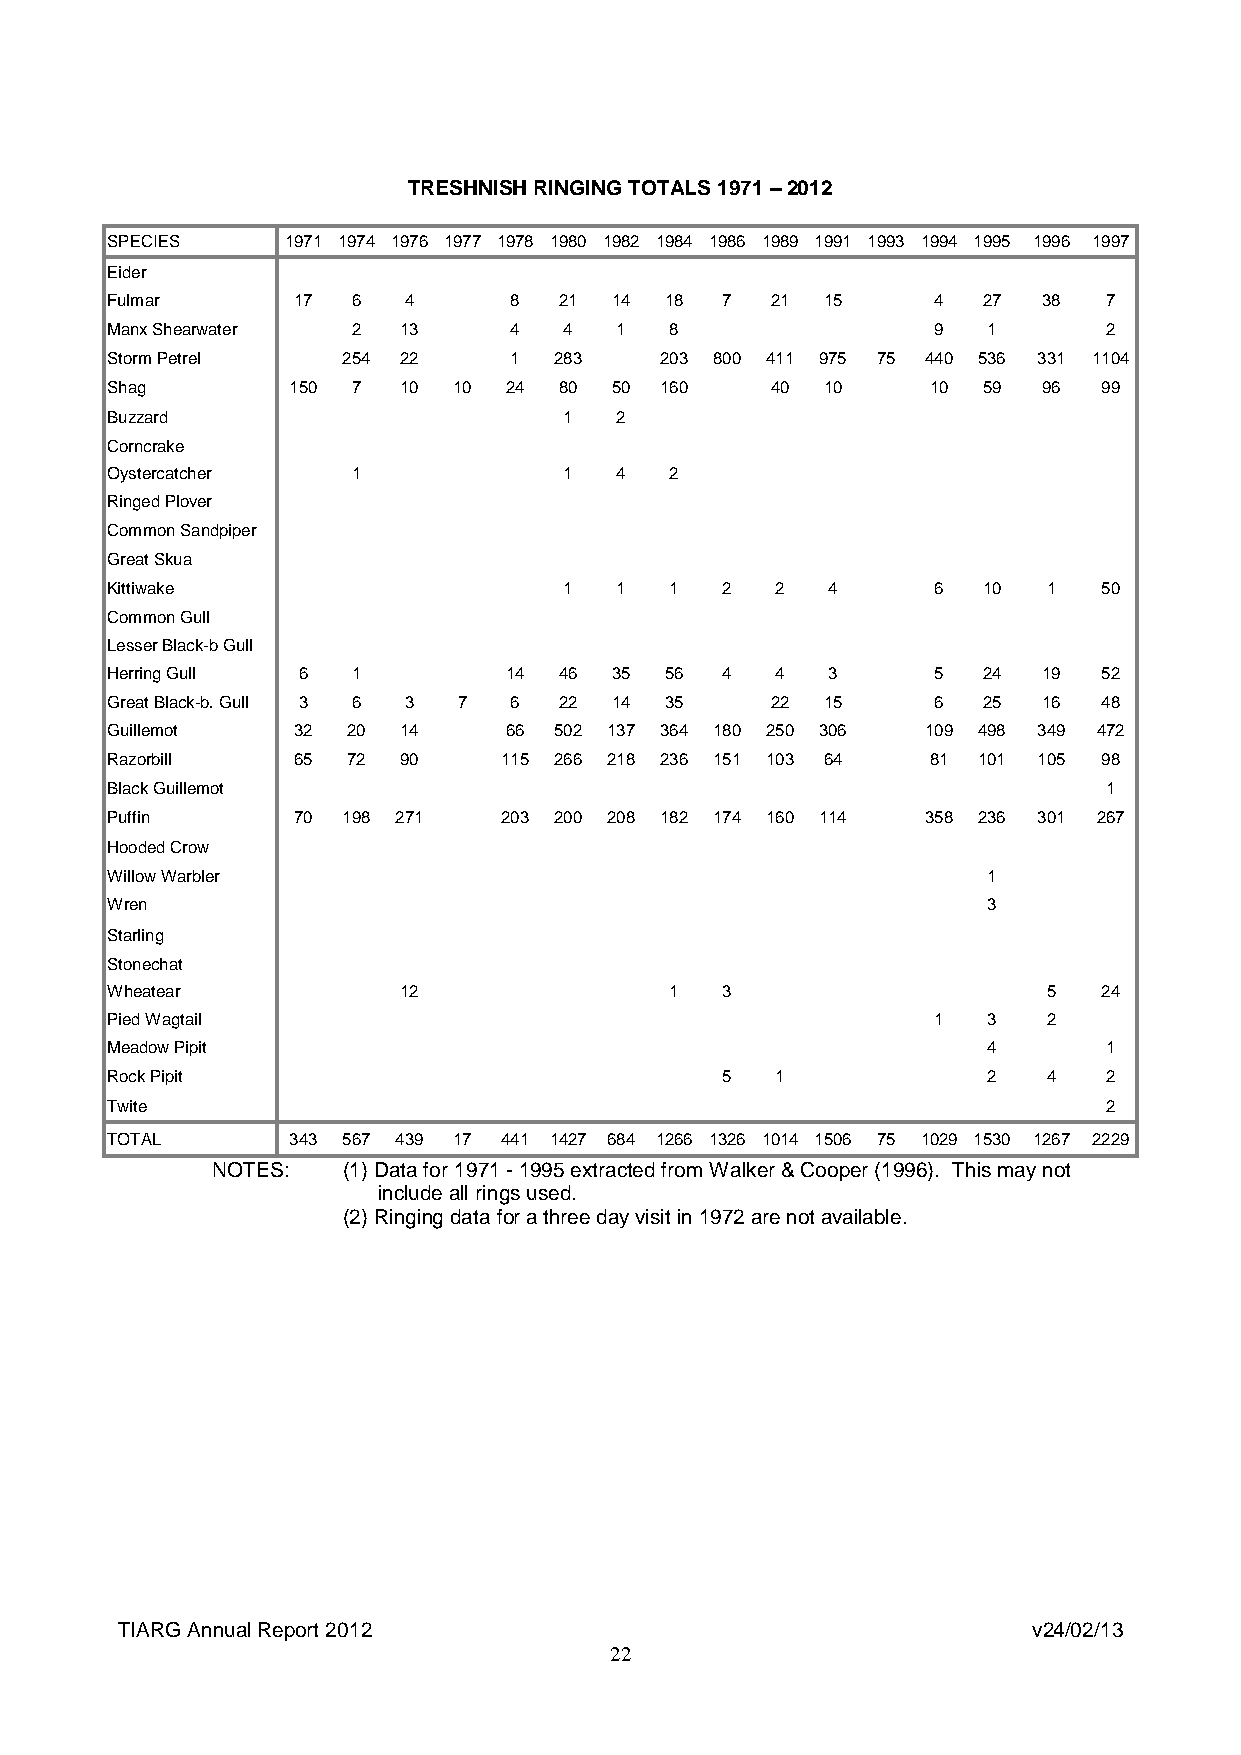
TRESHNISH RINGING TOTALS 1971 – 2012
 SPECIES     1971 1974 1976 1977 1978 1980 1982 1984 1986 1989 1991 1993 1994 1995 1996 1997
 Eider
 Fulmar      17  6   4      8  21 14  18  7  21 15      4  27  38  7
 Manx Shearwater 2  13      4  4   1  8                 9  1       2
 Storm Petrel    254 22     1  283    203 800 411 975 75 440 536 331 1104
 Shag        150 7  10  10 24  80 50  160    40 10      10 59  96  99
 Buzzard                       1   2
 Corncrake
 Oystercatcher   1             1   4  2
 Ringed Plover
 Common Sandpiper
 Great Skua
 Kittiwake                     1   1  1   2  2   4      6  10  1   50
 Common Gull
 Lesser Black-b Gull
 Herring Gull 6  1         14  46 35  56  4  4   3      5  24  19  52
 Great Black-b. Gull 3 6 3 7 6 22 14  35     22 15      6  25  16  48
 Guillemot   32  20 14     66  502 137 364 180 250 306 109 498 349 472
 Razorbill   65  72 90     115 266 218 236 151 103 64   81 101 105 98
 Black Guillemot                                                   1
 Puffin      70  198 271   203 200 208 182 174 160 114 358 236 301 267
 Hooded Crow
 Willow Warbler                                            1
 Wren                                                      3
 Starling
 Stonechat
 Wheatear           12                1   3                    5   24
 Pied Wagtail                                           1  3   2
 Meadow Pipit                                              4       1
 Rock Pipit                               5  1             2   4   2
 Twite                                                             2
 TOTAL       343 567 439 17 441 1427 684 1266 1326 1014 1506 75 1029 1530 1267 2229
 NOTES:   (1) Data for 1971 - 1995 extracted from Walker & Cooper (1996). This may not
 include all rings used.
 (2) Ringing data for a three day visit in 1972 are not available.
 TIARG Annual Report 2012                                    v24/02/13
 22